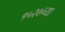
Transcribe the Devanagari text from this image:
१५२७च्या